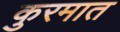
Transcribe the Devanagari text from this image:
कुरमात